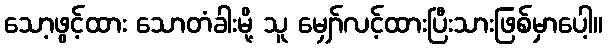
သော့ဖွင့်ထား သောတံခါးမို့ သူ မျှော်လင့်ထားပြီးသားဖြစ်မှာပေါ့။